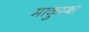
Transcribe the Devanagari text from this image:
माकुम्बा